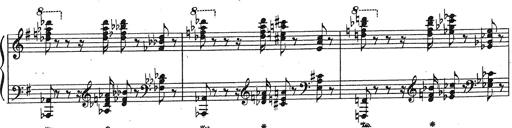
Title: Grosses Konzertsolo
Composer: Franz Liszt